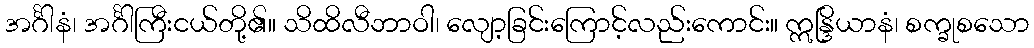
အင်္ဂါနံ၊ အင်္ဂါကြီးငယ်တို့၏။ သိထိလီဘာဝါ၊ လျော့ခြင်းကြောင့်လည်းကောင်း။ ဣန္ဒြိယာနံ၊ စက္ခုစသော